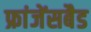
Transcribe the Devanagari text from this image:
फ्रांजेंसबैड